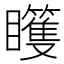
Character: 𰦊